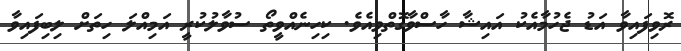
ރޮވިފައިވާ އަޑު ޖެހުމާއެކު އައިޝާ ހާސްވާގޮތްވިއެވެ. ކިހިނެއްވީތޯ ސުވާލުކުރީ އަމިއްލަ ހިތަށް ލިބިފައިވާ